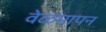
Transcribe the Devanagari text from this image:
वेळमापन